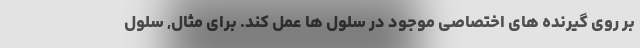
بر روی گیرنده های اختصاصی موجود در سلول ها عمل کند. برای مثال, سلول